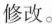
修改.。